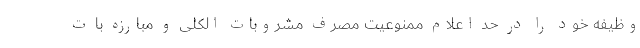
وظیفه خود را در حد اعلام ممنوعیت مصرف مشروبات الکلی و مبارزه با ت